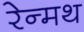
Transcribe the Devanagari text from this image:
रेन्मथ